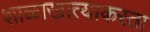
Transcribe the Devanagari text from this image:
शाळाखात्याकरता